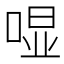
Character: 𱓛